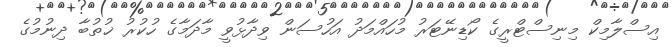
އިސްލާމިކް މިނިސްޓްރީގެ ކޯޑިނޭޓަރު މުހައްމަދު އަހުސަން ވިދާޅުވީ މާދަމާގެ ހުކުރު ޚުތުބާ ދިނުމުގެ